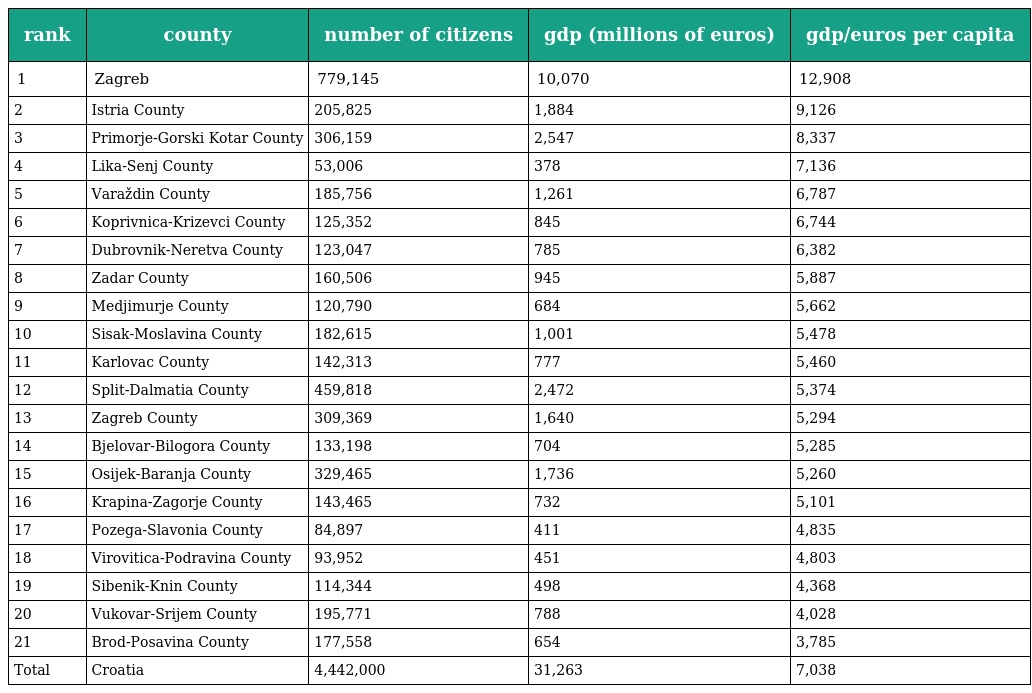
| rank | county | number of citizens | gdp (millions of euros) | gdp/euros per capita |
 | --- | --- | --- | --- | --- |
 | 1 | Zagreb | 779,145 | 10,070 | 12,908 |
 | 2 | Istria County | 205,825 | 1,884 | 9,126 |
 | 3 | Primorje-Gorski Kotar County | 306,159 | 2,547 | 8,337 |
 | 4 | Lika-Senj County | 53,006 | 378 | 7,136 |
 | 5 | Varaždin County | 185,756 | 1,261 | 6,787 |
 | 6 | Koprivnica-Krizevci County | 125,352 | 845 | 6,744 |
 | 7 | Dubrovnik-Neretva County | 123,047 | 785 | 6,382 |
 | 8 | Zadar County | 160,506 | 945 | 5,887 |
 | 9 | Medjimurje County | 120,790 | 684 | 5,662 |
 | 10 | Sisak-Moslavina County | 182,615 | 1,001 | 5,478 |
 | 11 | Karlovac County | 142,313 | 777 | 5,460 |
 | 12 | Split-Dalmatia County | 459,818 | 2,472 | 5,374 |
 | 13 | Zagreb County | 309,369 | 1,640 | 5,294 |
 | 14 | Bjelovar-Bilogora County | 133,198 | 704 | 5,285 |
 | 15 | Osijek-Baranja County | 329,465 | 1,736 | 5,260 |
 | 16 | Krapina-Zagorje County | 143,465 | 732 | 5,101 |
 | 17 | Pozega-Slavonia County | 84,897 | 411 | 4,835 |
 | 18 | Virovitica-Podravina County | 93,952 | 451 | 4,803 |
 | 19 | Sibenik-Knin County | 114,344 | 498 | 4,368 |
 | 20 | Vukovar-Srijem County | 195,771 | 788 | 4,028 |
 | 21 | Brod-Posavina County | 177,558 | 654 | 3,785 |
 | Total | Croatia | 4,442,000 | 31,263 | 7,038 |